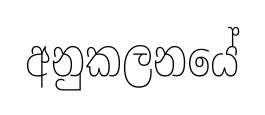
අනුකලනයේ